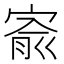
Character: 𡩗